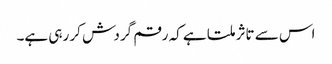
اس سے تاثر ملتا ہے کہ رقم گردش کر رہی ہے۔